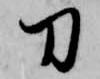
刀